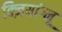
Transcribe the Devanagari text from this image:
क्ज़ियांग्नू